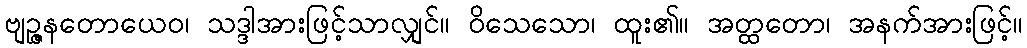
ဗျဉ္ဇနတောယေဝ၊ သဒ္ဒါအားဖြင့်သာလျှင်။ ဝိသေသော၊ ထူး၏။ အတ္ထတော၊ အနက်အားဖြင့်။